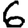
Digit: 6